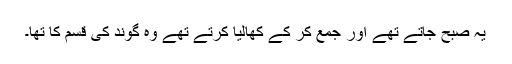
یہ صبح جاتے تھے اور جمع کر کے کھالیا کرتے تھے وہ گوند کی قسم کا تھا۔